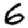
Digit: 6